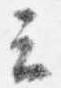
云